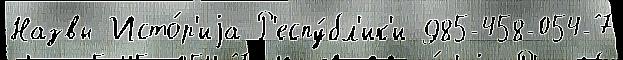
Назвы Исто́р'иjа Р'еспу́бл'ик'и 985-458-054-7